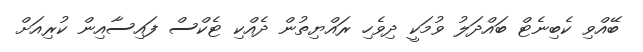
ބޭއްވި ކެބިނެޓް ބައްދަލު ވުމަކީ ދިވެހި ރައްޔިތުން ދެއްކި ޓެކްސް ފައިސާއިން ކުރިއަށް